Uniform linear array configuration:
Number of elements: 32
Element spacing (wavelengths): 0.75
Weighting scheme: uniform
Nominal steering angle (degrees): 30
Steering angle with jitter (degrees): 31.212
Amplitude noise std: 0.05
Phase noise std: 0.05

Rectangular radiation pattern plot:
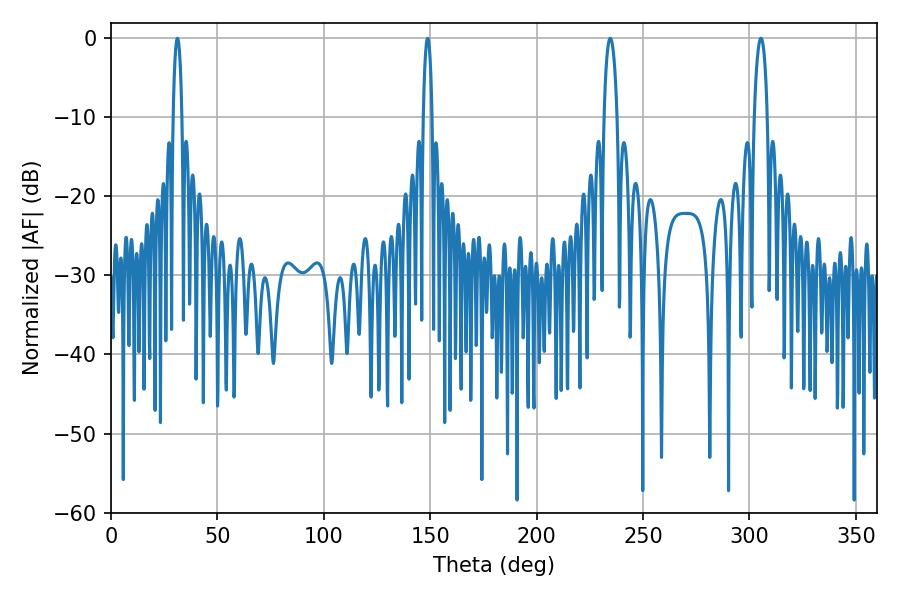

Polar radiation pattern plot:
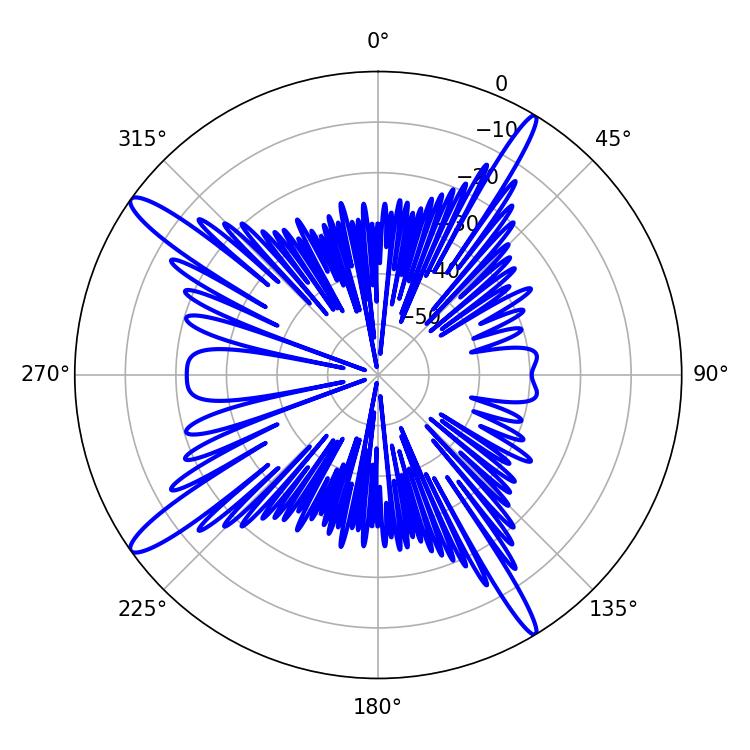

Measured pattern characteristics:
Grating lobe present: TRUE
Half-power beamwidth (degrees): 3.42
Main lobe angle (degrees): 234.54